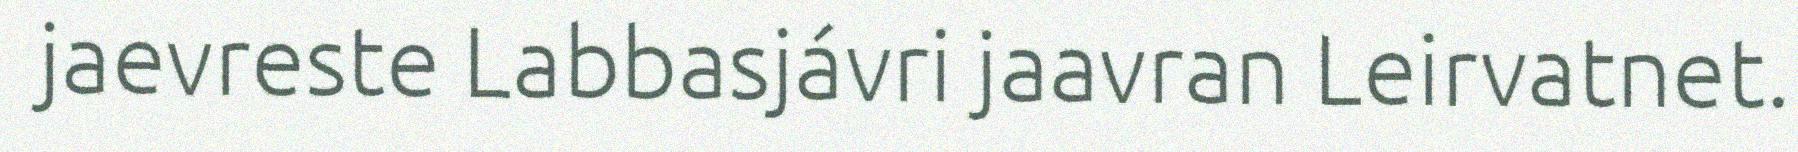
jaevreste Labbasjávri jaavran Leirvatnet.